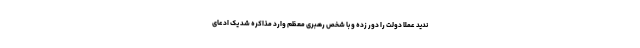
ندید عملا دولت را دور زده و با شخص رهبری معظم وارد مذاکره شد یک ادعای